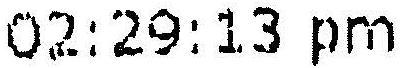
02:29:13 PM